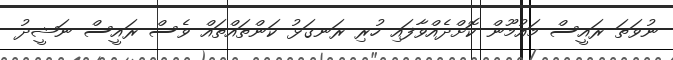
ނުވަތަ ރައީސް މައުމޫން ކޮށްދެއްވާފައި ހުރި ރަނގަޅު ކަންތައްތައް ވެސް ރައީސް ނަޝީދު